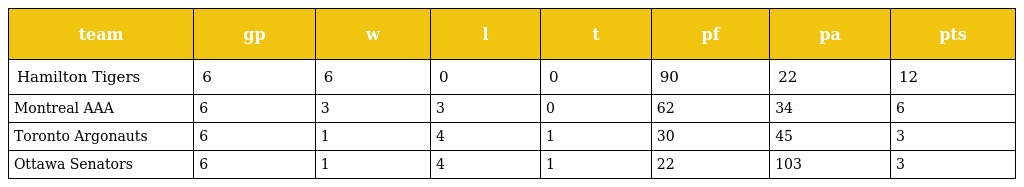
| team | gp | w | l | t | pf | pa | pts |
 | --- | --- | --- | --- | --- | --- | --- | --- |
 | Hamilton Tigers | 6 | 6 | 0 | 0 | 90 | 22 | 12 |
 | Montreal AAA | 6 | 3 | 3 | 0 | 62 | 34 | 6 |
 | Toronto Argonauts | 6 | 1 | 4 | 1 | 30 | 45 | 3 |
 | Ottawa Senators | 6 | 1 | 4 | 1 | 22 | 103 | 3 |